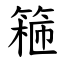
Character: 篐